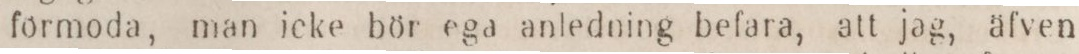
förmoda, man icke bör ega anledning befara, att jag, äfven